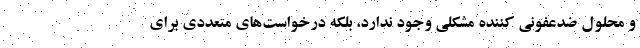
و محلول ضدعفونی کننده مشکلی وجود ندارد، بلکه درخواست‌های متعددی برای